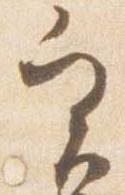
実